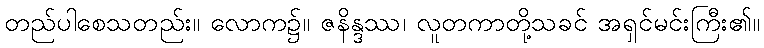
တည်ပါစေသတည်း။ လောက၌။ ဇနိန္ဒဿ၊ လူတကာတို့သခင် အရှင်မင်းကြီး၏။